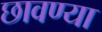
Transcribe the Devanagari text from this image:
छावण्‍या